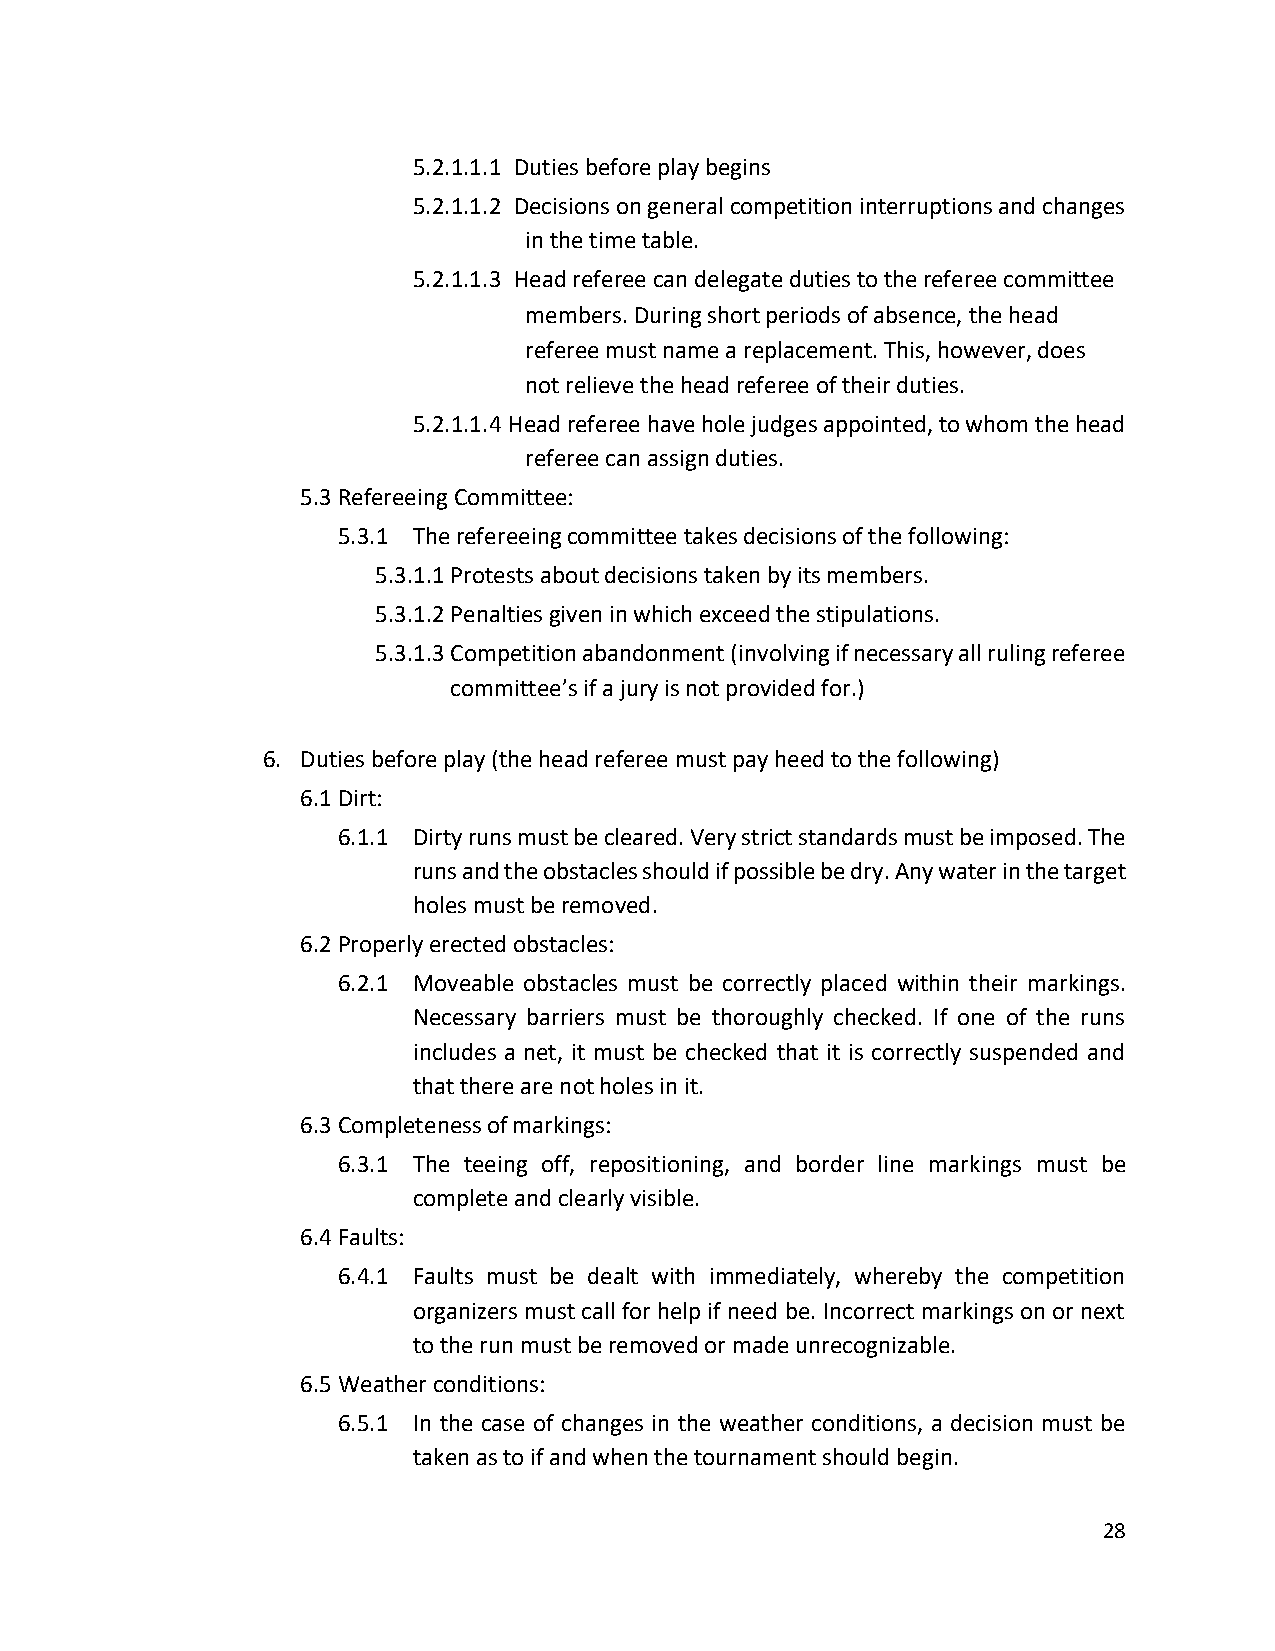
5.2.1.1.1 Duties before play begins
 5.2.1.1.2 Decisions on general competition interruptions and changes
 in the time table.
 5.2.1.1.3 Head referee can delegate duties to the referee committee
 members. During short periods of absence, the head
 referee must name a replacement. This, however, does
 not relieve the head referee of their duties.
 5.2.1.1.4 Head referee have hole judges appointed, to whom the head
 referee can assign duties.
 5.3 Refereeing Committee:
 5.3.1 The refereeing committee takes decisions of the following:
 5.3.1.1 Protests about decisions taken by its members.
 5.3.1.2 Penalties given in which exceed the stipulations.
 5.3.1.3 Competition abandonment (involving if necessary all ruling referee
 committee’s if a jury is not provided for.)
 6. Duties before play (the head referee must pay heed to the following)
 6.1 Dirt:
 6.1.1 Dirty runs must be cleared. Very strict standards must be imposed. The
 runs and the obstacles should if possible be dry. Any water in the target
 holes must be removed.
 6.2 Properly erected obstacles:
 6.2.1 Moveable obstacles must be correctly placed within their markings.
 Necessary barriers must be thoroughly checked. If one of the runs
 includes a net, it must be checked that it is correctly suspended and
 that there are not holes in it.
 6.3 Completeness of markings:
 6.3.1 The teeing off, repositioning, and border line markings must be
 complete and clearly visible.
 6.4 Faults:
 6.4.1 Faults must be dealt with immediately, whereby the competition
 organizers must call for help if need be. Incorrect markings on or next
 to the run must be removed or made unrecognizable.
 6.5 Weather conditions:
 6.5.1 In the case of changes in the weather conditions, a decision must be
 taken as to if and when the tournament should begin.
 28